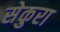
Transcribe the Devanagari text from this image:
सेकुरा